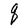
Character: q